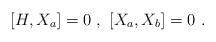
LaTeX: \begin{align*}[H, X_a]=0\ ,\ [X_a, X_b]=0\ .\end{align*}